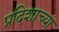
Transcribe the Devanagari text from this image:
प्रदिशाच्या